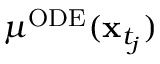
\mu ^ { \mathrm { O D E } } ( \mathbf { x } _ { t _ { j } } )